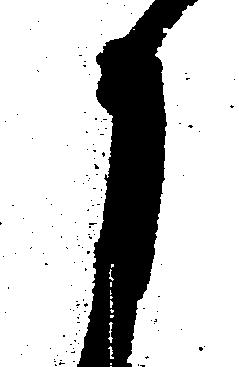
月